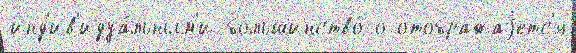
инд'ив'идуа́льным'и большинство́ о отображаjетс'я